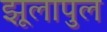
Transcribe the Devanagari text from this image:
झूलापुल